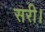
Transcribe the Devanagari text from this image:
सरी।